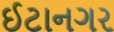
ઈટાનગર